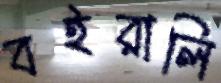
বইরালি